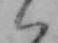
ハ